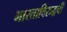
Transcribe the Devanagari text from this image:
भारताविरुद्धची